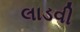
લાડવી